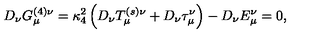
D _ { \nu } G _ { \mu } ^ { ( 4 ) \nu } = \kappa _ { 4 } ^ { 2 } \left( { D _ { \nu } T _ { \mu } ^ { ( s ) \nu } + D _ { \nu } \tau _ { \mu } ^ { \nu } } \right) - D _ { \nu } E _ { \mu } ^ { \nu } = 0 ,